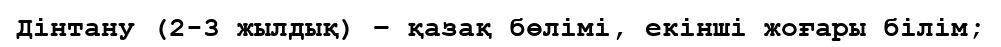
Дінтану (2-3 жылдық) – қазақ бөлімі, екінші жоғары білім;